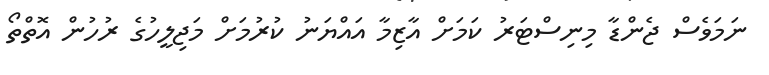
ނަމަވެސް ޖެންޑާ މިނިސްޓަރު ކަމަށް އާޒިމާ އައްޔަނު ކުރުމަށް މަޖިލީހުގެ ރުހުން އޮތްތޯ